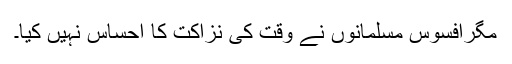
مگرافسوس مسلمانوں نے وقت کی نزاکت کا احساس نہیں کیا۔